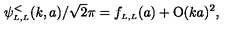
\psi _ { \scriptscriptstyle { L , L } } ^ { < } ( k , a ) / \sqrt 2 \pi = f _ { \scriptscriptstyle { L , L } } ( a ) + \mathrm { O } ( k a ) ^ { 2 } ,